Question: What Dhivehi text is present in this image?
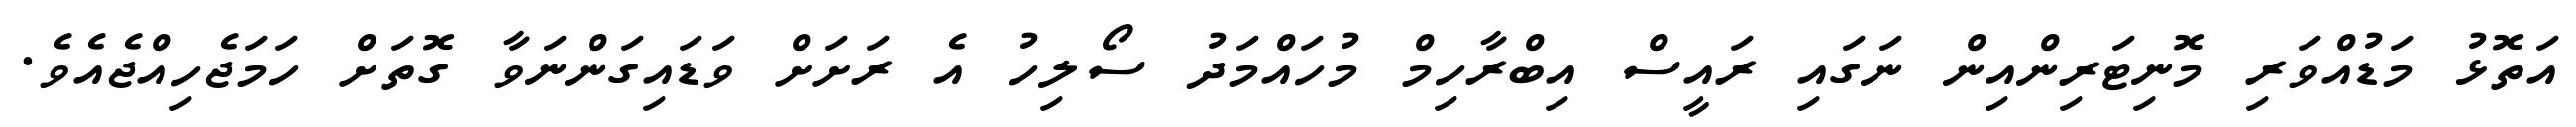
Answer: އަތޮޅު މަޑުއްވަރި މޮނިޓަރިންއިން ނަގައި ރައީސް އިބްރާހިމް މުހައްމަދު ސޯލިހު އެ ރަށަށް ވަޑައިގަންނަވާ ގޮތަށް ހަމަޖެހިއްޖެއެވެ.